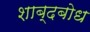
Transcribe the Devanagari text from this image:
शाब्दबोध